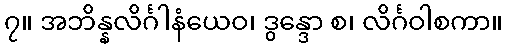
၇။ အဘိန္နလိင်္ဂါနံယေဝ၊ ဒွန္ဒော စ၊ လိင်္ဂဝါစကာ။